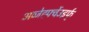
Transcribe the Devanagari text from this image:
अव्जेर्ह्फ्वेउइर्फ्